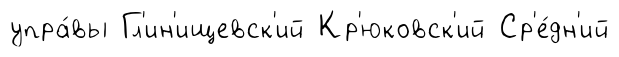
упра́вы Гл'ин'ищевск'ий Кр'юковск'ий Ср'е́дн'ий